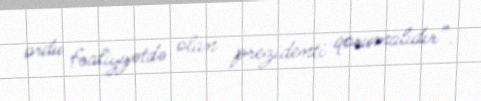
ordu fəaliyyətdə olan prezidenti qorumalıdır”.